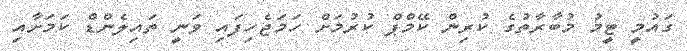
ގައުމީ ޓީމު މުބާރާތުގެ ކުރިން ކޭމްޕް ކުރުމަށް ހަމަޖެހިފައި ވަނީ ތައިލެންޑް ކަމަށާއި